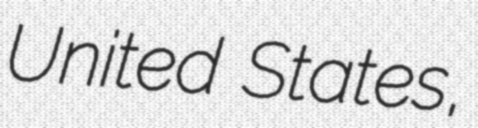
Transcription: United States,